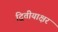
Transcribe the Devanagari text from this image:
द्वितीयाक्षर